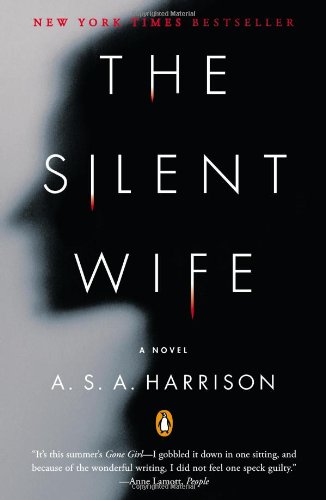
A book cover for The Silent Wife: A Novel; A. S. A. Harrison; Mystery, Thriller & Suspense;